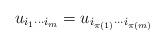
LaTeX: \begin{align*}u_{i_1 \cdots i_m} = u_{i_{\pi(1)} \cdots i_{\pi(m)}}\end{align*}